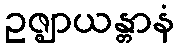
ဥဇ္ဈာယန္တာနံ